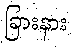
ခြားနား